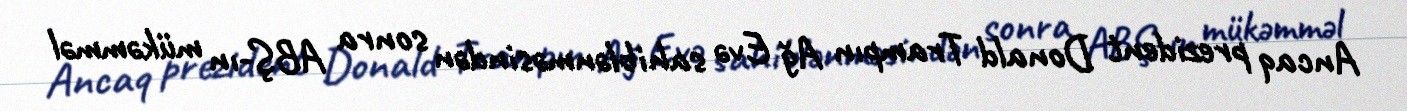
Ancaq prezident Donald Trampın Ağ Evə sahiblənməsindən sonra ABŞ-ın mükəmməl